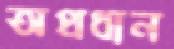
অপ্রধান